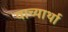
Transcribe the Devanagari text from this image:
वाच्यार्था